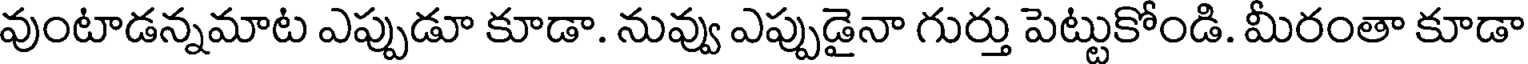
వుంటాడన్నమాట ఎప్పుడూ కూడా. నువ్వు ఎప్పుడైనా గుర్తు పెట్టుకోండి. మీరంతా కూడా